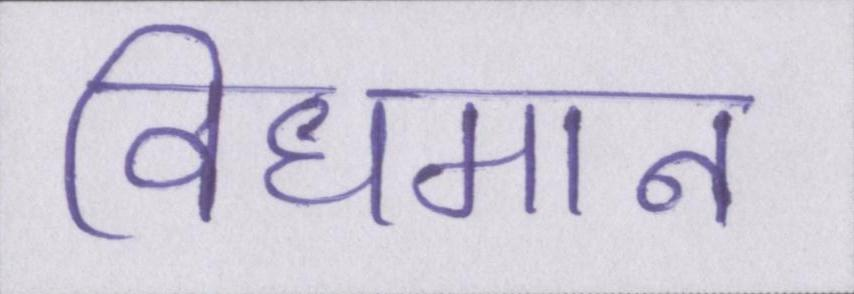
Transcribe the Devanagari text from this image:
विधमान